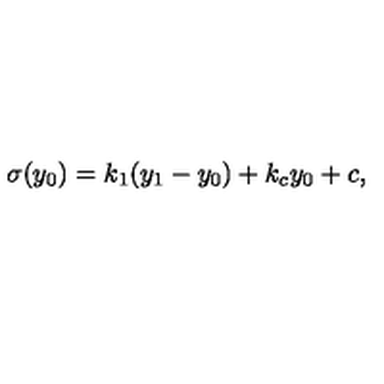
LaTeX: \sigma ( y _ { 0 } ) = k _ { 1 } ( y _ { 1 } - y _ { 0 } ) + k _ { c } y _ { 0 } + c , \,